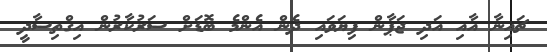
ޗައިނާ އާއި އަދި ޖަޕާން ފިޔަވައި ދެން އެންމެ ބޮޑަށް ސަރުކާރުން އިގްތިސާދީ